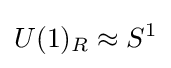
U(1)_{R}\approx S^{1}